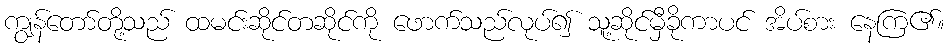
ကျွန်တော်တို့သည် ထမင်းဆိုင်တဆိုင်ကို ဖောက်သည်လုပ်၍ သူ့ဆိုင်မှီခိုကာပင် အိပ်စား နေကြ၏။